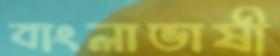
বাংলাভাষী